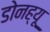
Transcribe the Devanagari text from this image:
डोनह्यू